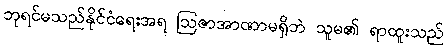
ဘုရင်မသည်နိုင်ငံရေးအရ ဩဇာအာဏာမရှိဘဲ သူမ၏ ရာထူးသည်